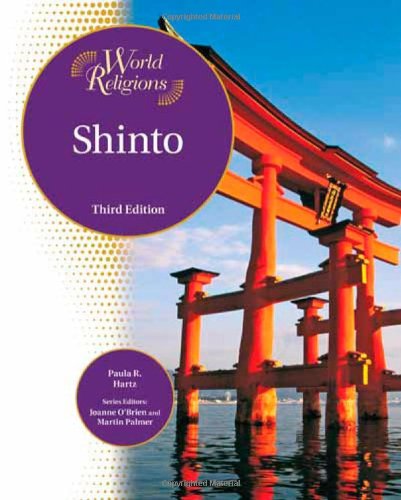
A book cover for Shinto (World Religions (Facts on File)); Paula R. Hartz; Teen & Young Adult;